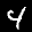
Label: 4